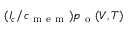
( I _ { c } / c _ { \mathrm { ~ m ~ e ~ m ~ } } ) p _ { \mathrm { ~ o ~ } } ( V , T )